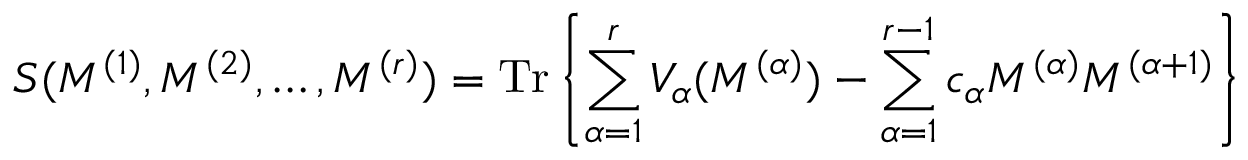
S ( M ^ { ( 1 ) } , M ^ { ( 2 ) } , \ldots , M ^ { ( r ) } ) = \mathrm { T r } \left\{ \sum _ { \alpha = 1 } ^ { r } V _ { \alpha } ( M ^ { ( \alpha ) } ) - \sum _ { \alpha = 1 } ^ { r - 1 } c _ { \alpha } M ^ { ( \alpha ) } M ^ { ( \alpha + 1 ) } \right\}